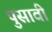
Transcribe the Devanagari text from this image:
पुसावी